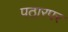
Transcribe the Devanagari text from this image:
पठारपर